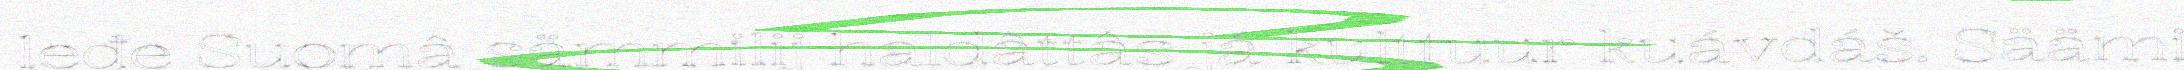
leđe Suomâ sämmilij haldâttâs já kulttuur kuávdáš. Säämi